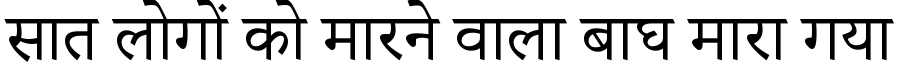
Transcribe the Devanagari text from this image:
सात लोगों को मारने वाला बाघ मारा गया